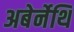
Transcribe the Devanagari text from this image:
अबेर्नेथि